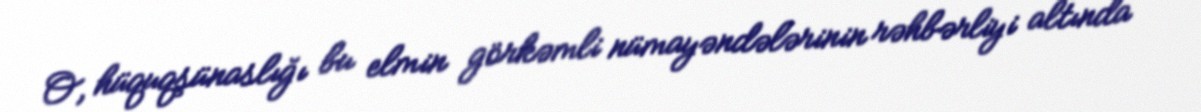
O, hüquqşünaslığı bu elmin görkəmli nümayəndələrinin rəhbərliyi altında